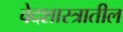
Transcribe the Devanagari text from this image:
वेदशास्त्रातील